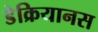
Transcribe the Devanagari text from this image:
डेक्रियानस